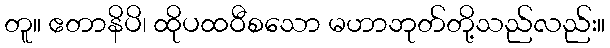
တူ။ ဧတာနိပိ၊ ထိုပထဝီစသော မဟာဘုတ်တို့သည်လည်း။